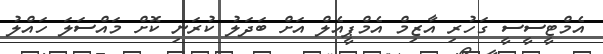
އެމްޓީސީސީ ގަހުރި އާޒިމް އެމްޕީއެލް އަށް ބަދަލު ކުރަނި ކޮށް މައްސަލަ ހައްލު